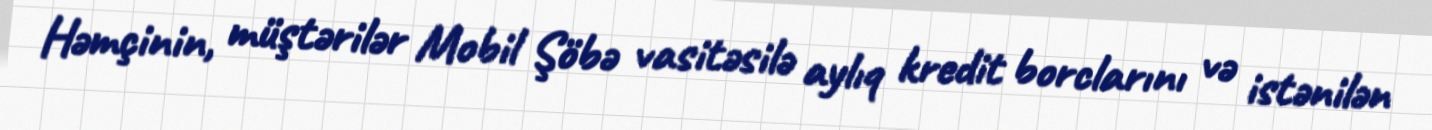
Həmçinin, müştərilər Mobil Şöbə vasitəsilə aylıq kredit borclarını və istənilən